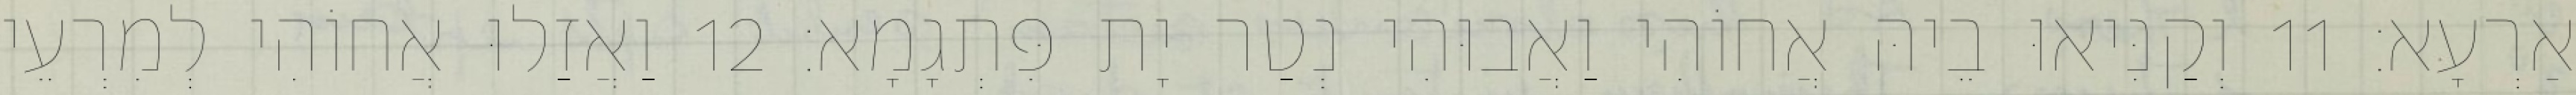
אַרְעָא׃ 11 וְקַנִּיאוּ בֵיהּ אֲחוֹהִי וַאֲבוּהִי נְטַר יָת פִּתְגָמָא׃ 12 וַאֲזַלוּ אֲחוֹהִי לְמִרְעֵי